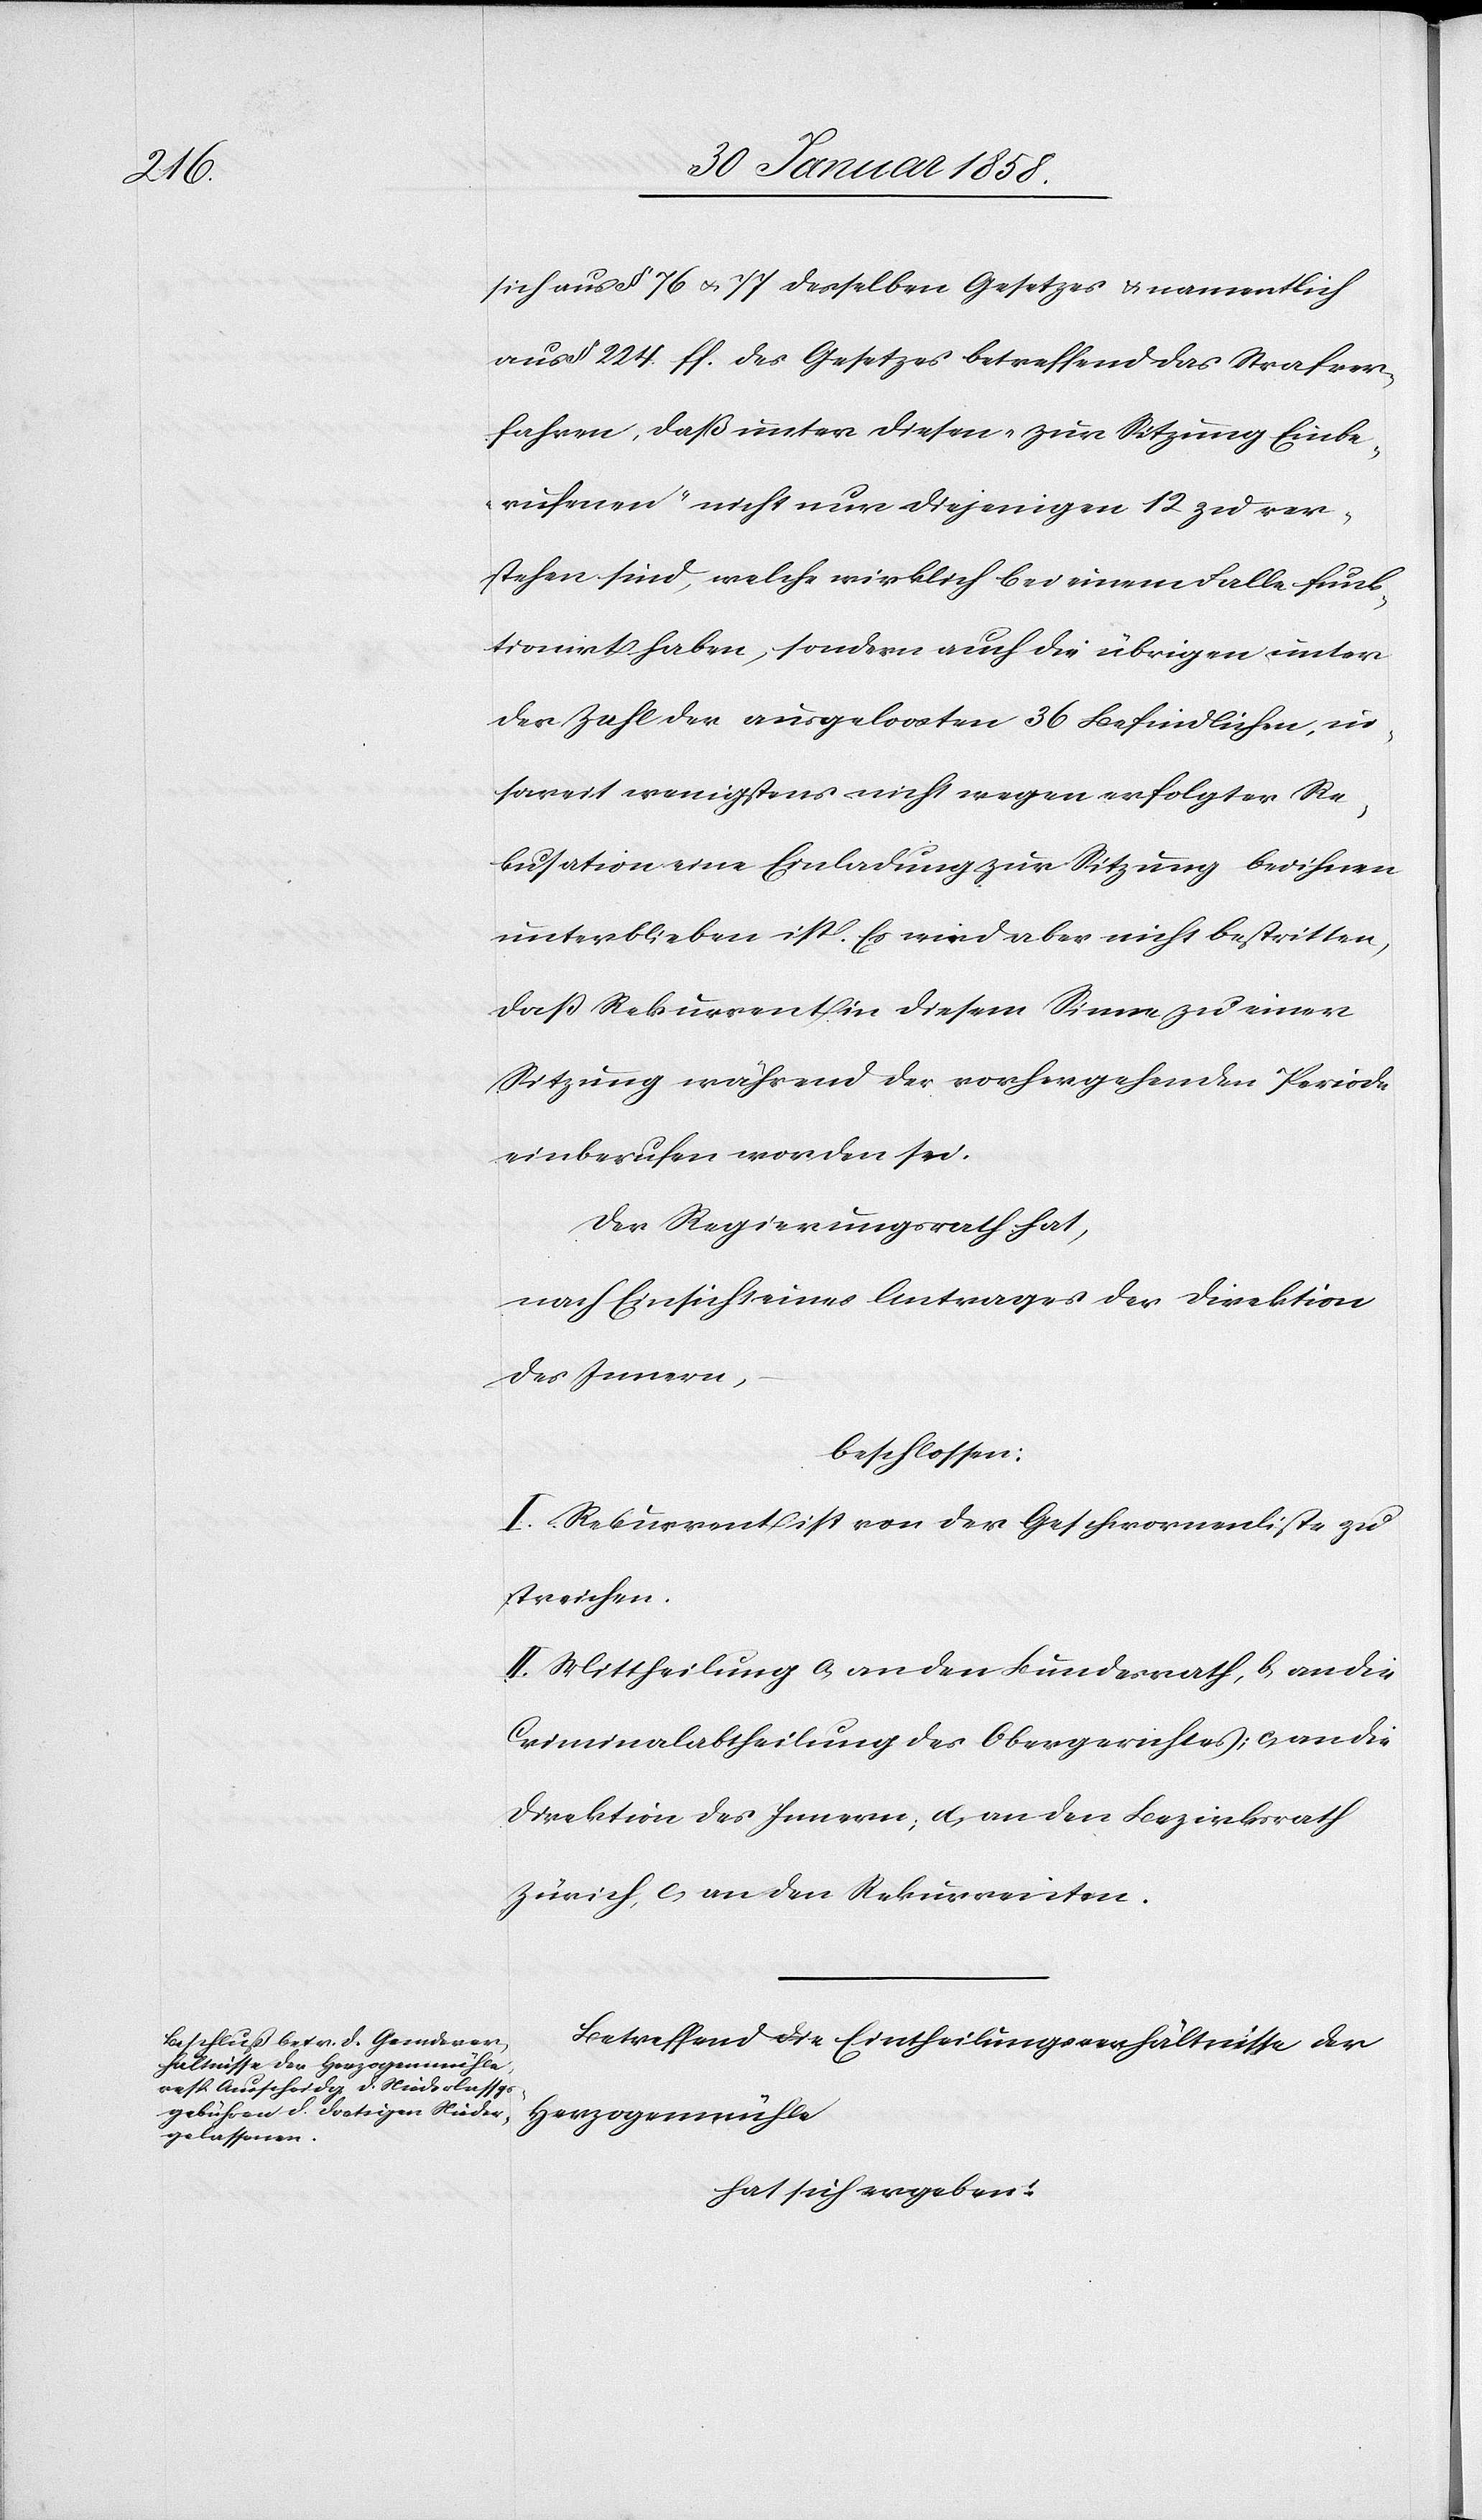
sich aus § 76 u. 77 desselben Gesetzes u. namentlich
aus § 224 ff. des Gesetzes betreffend das Strafver¬
fahren, daß unter diesen „zur Sitzung Einbe¬
rufenen“ nicht nur diejenigen 12 zu ver¬
stehen sind, welche wirklich bei einem Falle funk¬
tionirt haben, sondern auch die übrigen unter
der Zahl der ausgeloosten 36 Befindlichen, in¬
soweit wenigstens nicht wegen erfolgter Re¬
kusation eine Einladung zur Sitzung bei ihnen
unterblieben ist. Es wird aber nicht bestritten,
daß Rekurrent in diesem Sinne zu einer
Sitzung während der vorhergehenden Periode
einberufen worden sei.
Der Regierungsrath hat,
nach Einsicht eines Antrages der Direktion
des Innern,
beschlossen:
I. Rekurrent ist von der Geschwornenliste zu
streichen.
II. Mittheilung a. an den Bundesrath, b. an die
Criminalabtheilung des Obergerichts; c. an die
Direktion des Innern, d. an den Bezirksrath
Zürich, e. an den Rekurrenten.
Betreffend die Eintheilungsverhältnisse der
Herzogenmühle
hat sich ergeben: